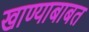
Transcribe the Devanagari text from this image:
खाण्याबाबत